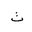
Letter: _ta